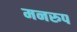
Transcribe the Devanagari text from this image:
मनरुप